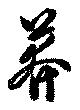
莽